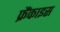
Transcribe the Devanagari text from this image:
फ्रैंकाइस